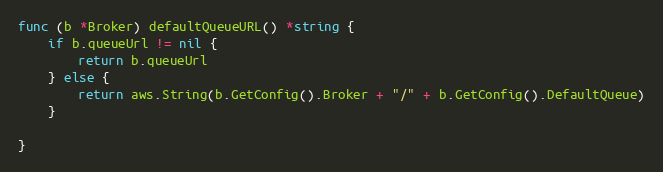
Language: Go
func (b *Broker) defaultQueueURL() *string {
	if b.queueUrl != nil {
		return b.queueUrl
	} else {
		return aws.String(b.GetConfig().Broker + "/" + b.GetConfig().DefaultQueue)
	}

}